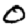
Digit: 0